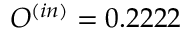
O ^ { ( i n ) } = 0 . 2 2 2 2